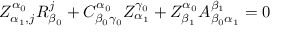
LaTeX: Z _ { \alpha _ { 1 } , j } ^ { \alpha _ { 0 } } R _ { \beta _ { 0 } } ^ { j } + C _ { \beta _ { 0 } \gamma _ { 0 } } ^ { \alpha _ { 0 } } Z _ { \alpha _ { 1 } } ^ { \gamma _ { 0 } } + Z _ { \beta _ { 1 } } ^ { \alpha _ { 0 } } A _ { \beta _ { 0 } \alpha _ { 1 } } ^ { \beta _ { 1 } } = 0